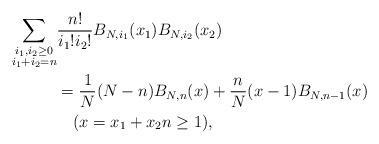
LaTeX: \begin{align*}\begin{aligned}\sum_{{\substack{ i_1,i_2\geq0\\i_1+i_2=n}}}&\frac{n!}{i_{1}!i_{2}!}B_{N,i_1}(x_1)B_{N,i_2}(x_2) \\&=\frac1N(N-n)B_{N,n}(x)+\frac nN(x-1)B_{N,n-1}(x) \\&\quad(x=x_1+x_2 n\geq1),\end{aligned}\end{align*}